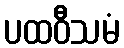
ပထဝီသမံ